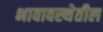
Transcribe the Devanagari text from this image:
भावावस्थेतील